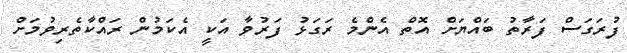
ފުރަގަސް ފަރާތު ބައްޔަށް އޮތް އެންމެ ރަގަޅު ފަރުވާ އަކީ އެކަމުން ރައްކާތެރިވުމަށް